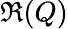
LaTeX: \Re(Q)